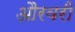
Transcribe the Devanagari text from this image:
औरवरी